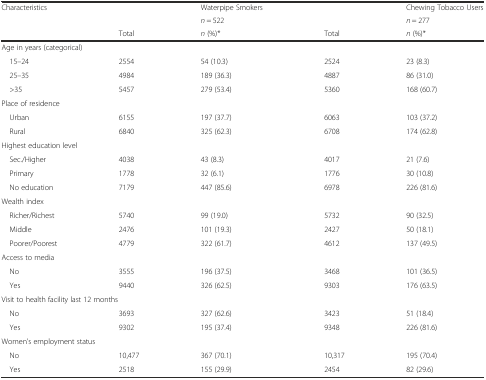
| Characteristics |  | Waterpipe Smokers |  | Chewing Tobacco Users |
 |  |  | n = 522 |  | n = 277 |
 |  | Total | n (%)* | Total | n (%)* |
 | --- | --- | --- | --- | --- |
 | <COLSPAN=5> Age in years (categorical) |
 | 15–24 | 2554 | 54 (10.3) | 2524 | 23 (8.3) |
 | 25–35 | 4984 | 189 (36.3) | 4887 | 86 (31.0) |
 | >35 | 5457 | 279 (53.4) | 5360 | 168 (60.7) |
 | <COLSPAN=5> Place of residence |
 | Urban | 6155 | 197 (37.7) | 6063 | 103 (37.2) |
 | Rural | 6840 | 325 (62.3) | 6708 | 174 (62.8) |
 | <COLSPAN=5> Highest education level |
 | Sec./Higher | 4038 | 43 (8.3) | 4017 | 21 (7.6) |
 | Primary | 1778 | 32 (6.1) | 1776 | 30 (10.8) |
 | No education | 7179 | 447 (85.6) | 6978 | 226 (81.6) |
 | <COLSPAN=5> Wealth index |
 | Richer/Richest | 5740 | 99 (19.0) | 5732 | 90 (32.5) |
 | Middle | 2476 | 101 (19.3) | 2427 | 50 (18.1) |
 | Poorer/Poorest | 4779 | 322 (61.7) | 4612 | 137 (49.5) |
 | <COLSPAN=5> Access to media |
 | No | 3555 | 196 (37.5) | 3468 | 101 (36.5) |
 | Yes | 9440 | 326 (62.5) | 9303 | 176 (63.5) |
 | <COLSPAN=5> Visit to health facility last 12 months |
 | No | 3693 | 327 (62.6) | 3423 | 51 (18.4) |
 | Yes | 9302 | 195 (37.4) | 9348 | 226 (81.6) |
 | <COLSPAN=5> Women’s employment status |
 | No | 10,477 | 367 (70.1) | 10,317 | 195 (70.4) |
 | Yes | 2518 | 155 (29.9) | 2454 | 82 (29.6) |